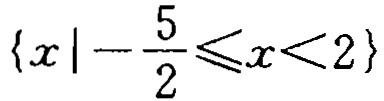
\(\{x\mid -\frac{5}{2}\leqslant x<2\}\)